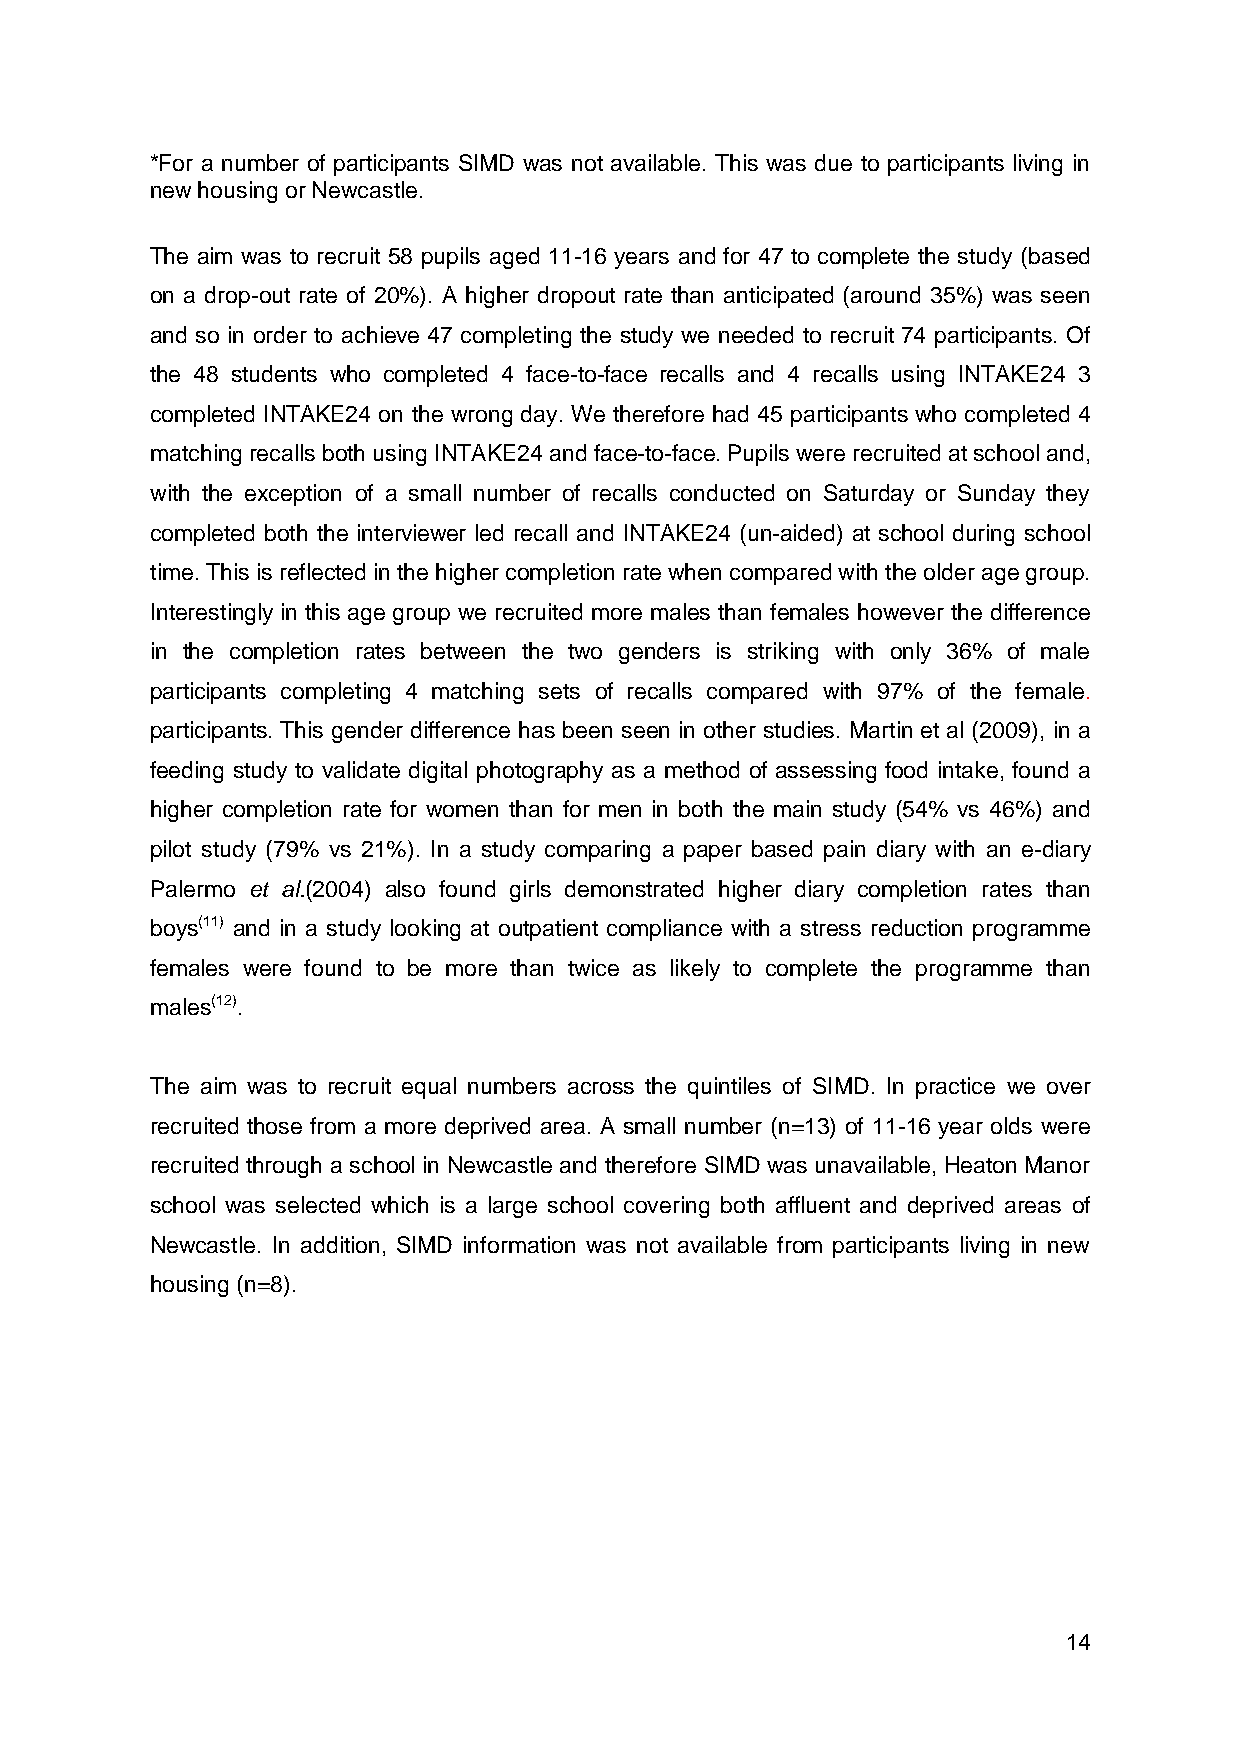
*For a number of participants SIMD was not available. This was due to participants living in
 new housing or Newcastle.
 The aim was to recruit 58 pupils aged 11-16 years and for 47 to complete the study (based
 on a drop-out rate of 20%). A higher dropout rate than anticipated (around 35%) was seen
 and so in order to achieve 47 completing the study we needed to recruit 74 participants. Of
 the 48 students who completed 4 face-to-face recalls and 4 recalls using INTAKE24 3
 completed INTAKE24 on the wrong day. We therefore had 45 participants who completed 4
 matching recalls both using INTAKE24 and face-to-face. Pupils were recruited at school and,
 with the exception of a small number of recalls conducted on Saturday or Sunday they
 completed both the interviewer led recall and INTAKE24 (un-aided) at school during school
 time. This is reflected in the higher completion rate when compared with the older age group.
 Interestingly in this age group we recruited more males than females however the difference
 in the completion rates between the two genders is striking with only 36% of male
 participants completing 4 matching sets of recalls compared with 97% of the female.
 participants. This gender difference has been seen in other studies. Martin et al (2009), in a
 feeding study to validate digital photography as a method of assessing food intake, found a
 higher completion rate for women than for men in both the main study (54% vs 46%) and
 pilot study (79% vs 21%). In a study comparing a paper based pain diary with an e-diary
 Palermo et al.(2004) also found girls demonstrated higher diary completion rates than
 boys(11) and in a study looking at outpatient compliance with a stress reduction programme
 females were found to be more than twice as likely to complete the programme than
 males(12).
 The aim was to recruit equal numbers across the quintiles of SIMD. In practice we over
 recruited those from a more deprived area. A small number (n=13) of 11-16 year olds were
 recruited through a school in Newcastle and therefore SIMD was unavailable, Heaton Manor
 school was selected which is a large school covering both affluent and deprived areas of
 Newcastle. In addition, SIMD information was not available from participants living in new
 housing (n=8).
 14